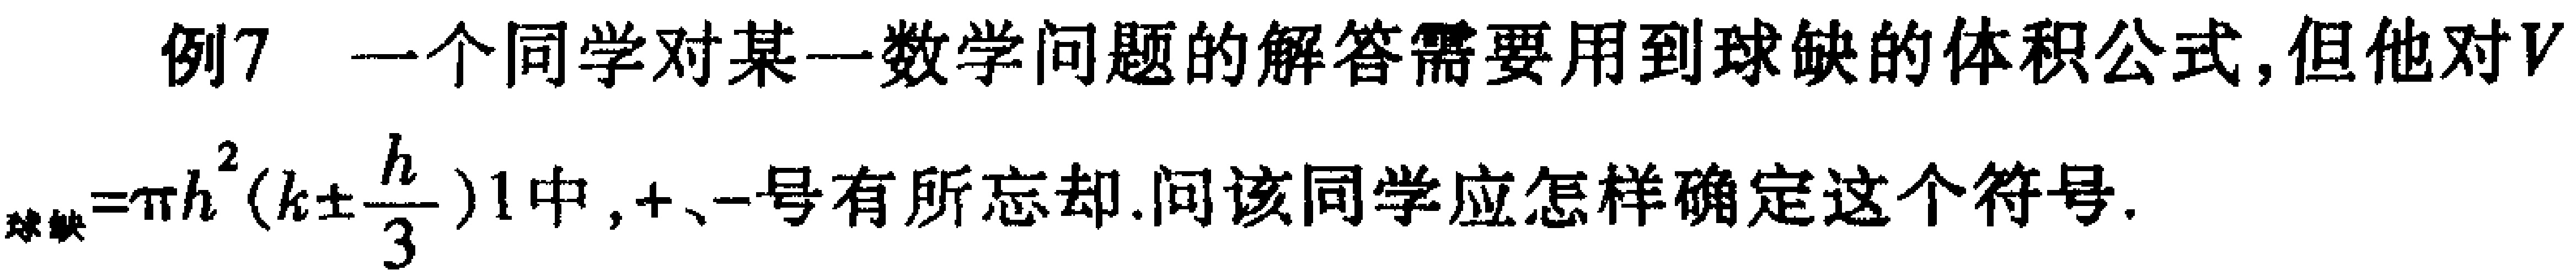
例7 一个同学对某一数学问题的解答需要用到球缺的体积公式,但他对$V_{球缺}=\pi h^{2}(R\pm\frac{h}{3})$中,$+$、$-$号有所忘却.问该同学应怎样确定这个符号.